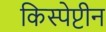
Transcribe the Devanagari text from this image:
किस्पेप्टीन